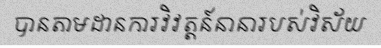
បានតាមដានការវិវត្តន៍នានារបស់វិស័យ